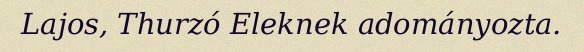
Lajos, Thurzó Eleknek adományozta.